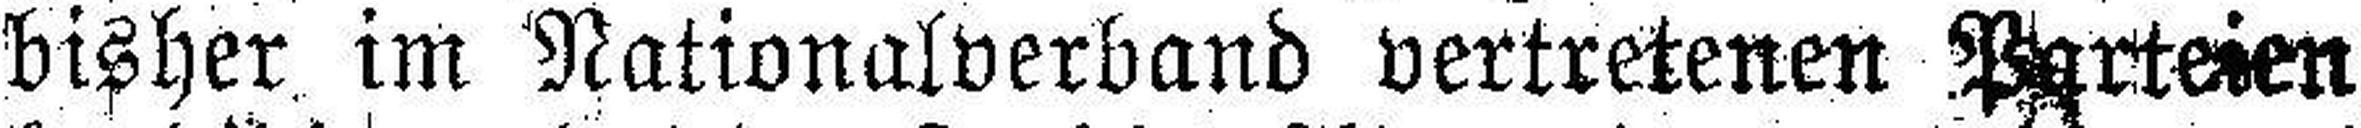
bisher im Nationalverband vertretenen Parteien